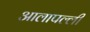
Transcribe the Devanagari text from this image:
आलापल्ली